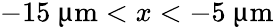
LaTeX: -15~{\upmu\mathrm{m}}<x<-5~{\upmu\mathrm{m}}